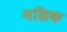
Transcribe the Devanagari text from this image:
नग्रिक